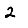
Digit: 2